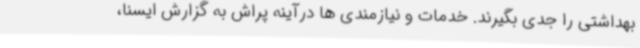
بهداشتی را جدی بگیرند. خدمات و نیازمندی ها درآینه پراش به گزارش ایسنا،